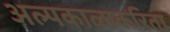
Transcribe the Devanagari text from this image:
अल्पकाळाकरिता